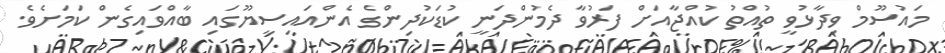
މައުސޫމް ވިދާޅުވީ ތުއްތު ކުއްޖާއަށް ފަރުވާ ދެމުންދަނީ ކުޑަކުދިންގެ އެންއައިސީޔޫގައި ބާއްވައިގެން ކަމަށެވެ.